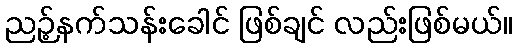
ညဉ့်နက်သန်းခေါင် ဖြစ်ချင် လည်းဖြစ်မယ်။